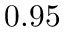
0 . 9 5